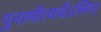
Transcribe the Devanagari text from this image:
पुनामीत्यर्थेऽस्मिन्